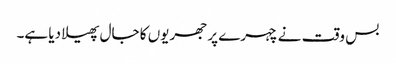
بس وقت نے چہرے پر جھریوں کا جال پھیلا دیا ہے۔